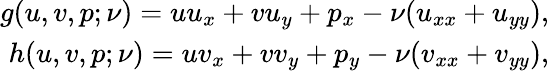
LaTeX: \begin{array}{r}{g(u,v,p;\nu)=uu_{x}+vu_{y}+p_{x}-\nu(u_{xx}+u_{yy}),}\\ {h(u,v,p;\nu)=uv_{x}+vv_{y}+p_{y}-\nu(v_{xx}+v_{yy}),}\end{array}